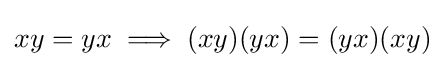
xy=yx\implies (xy)(yx)=(yx)(xy)